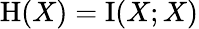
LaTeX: \mathrm{H}(X)=\operatorname{I}(X;X)